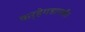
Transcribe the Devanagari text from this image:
कर्‍हेगडापर्यंत